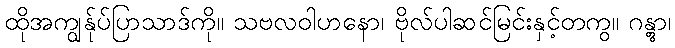
ထိုအကျွန်ုပ်ပြာသာဒ်ကို။ သဗလဝါဟနော၊ ဗိုလ်ပါဆင်မြင်းနှင့်တကွ။ ဂန္တွာ၊